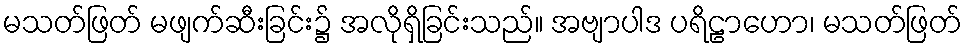
မသတ်ဖြတ် မဖျက်ဆီးခြင်း၌ အလိုရှိခြင်းသည်။ အဗျာပါဒ ပရိဠာဟော၊ မသတ်ဖြတ်